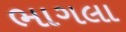
ભાગલા